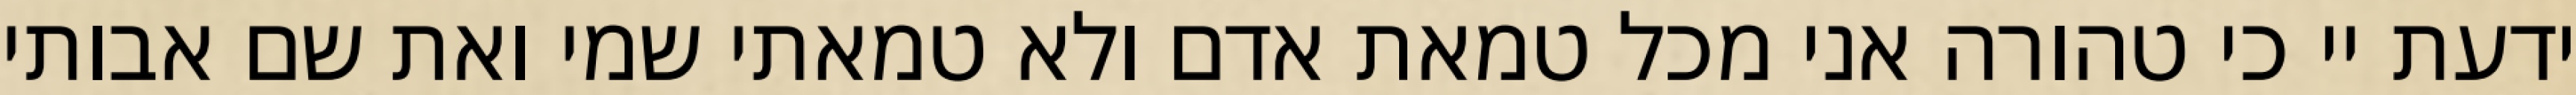
ידעת יי כי טהורה אני מכל טמאת אדם ולא טמאתי שמי ואת שם אבותי